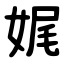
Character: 娓